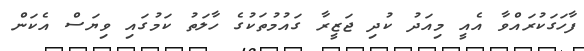
ފާހަގަކުރައްވާ އެއީ މިއަދު ކުދި ޖަޒީރާ ގައުމުތަކުގެ ހާލަތު ކަމުގައި ވިޔަސް އެކަން